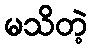
မသိတဲ့